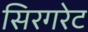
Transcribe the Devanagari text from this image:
सिरगरेट